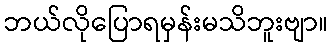
ဘယ်လိုပြောရမှန်းမသိဘူးဗျာ။